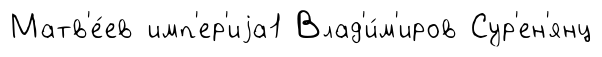
Матв'е́ев имп'ер'иjа1 Влад'и́м'иров Сур'ен'янц